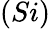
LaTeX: (Si)